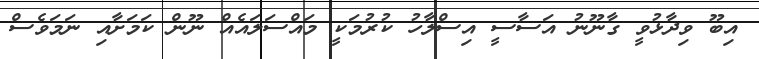
އިބޫ ވިދާޅުވީ ގާނޫނު އަސާސީ އިސްލާހު ކުރުމަކީ މައްސަލައެއް ނޫން ކަމަށާއި ނަމަވެސް